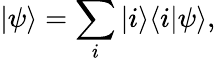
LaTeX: |\psi\rangle=\sum_{i}|i\rangle\langle i|\psi\rangle,